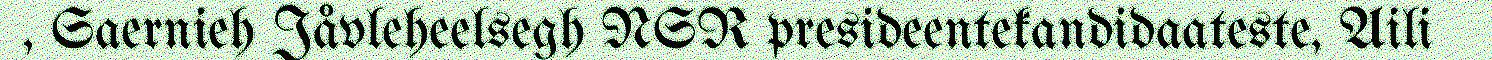
, Saernieh Jåvleheelsegh NSR presideentekandidaateste, Aili